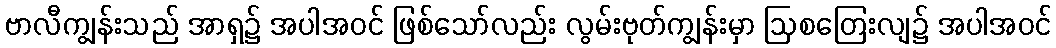
ဗာလီကျွန်းသည် အာရှ၌ အပါအဝင် ဖြစ်သော်လည်း လွမ်းဗုတ်ကျွန်းမှာ ဩစတြေးလျ၌ အပါအဝင်